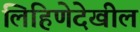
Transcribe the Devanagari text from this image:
लिहिणेदेखील